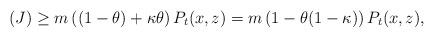
LaTeX: \begin{align*} (J) \geq m\left((1-\theta) + \kappa \theta \right) P_t(x,z) = m\left(1-\theta(1-\kappa)\right)P_t(x,z), \end{align*}